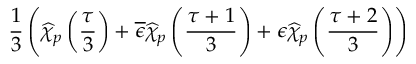
\frac { 1 } { 3 } \left( \widehat { \chi } _ { p } \left( \frac { \tau } { 3 } \right) + \overline { { { \epsilon } } } \widehat { \chi } _ { p } \left( \frac { \tau + 1 } { 3 } \right) + \epsilon \widehat { \chi } _ { p } \left( \frac { \tau + 2 } { 3 } \right) \right)